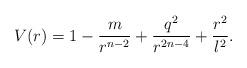
LaTeX: \begin{align*}V(r) = 1 - \frac{m}{r^{n-2}} + \frac{q^2}{r^{2n-4}} + \frac{r^2}{l^2}.\end{align*}